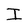
Character: I